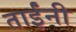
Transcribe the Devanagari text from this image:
ताईंनी